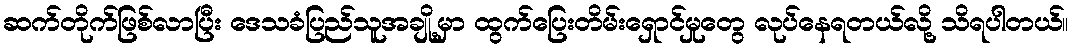
ဆက်တိုက်ဖြစ်လာပြီး ဒေသခံပြည်သူအချို့မှာ ထွက်ပြေးတိမ်းရှောင်မှုတွေ လုပ်နေရတယ်လို့ သိရပါတယ်။